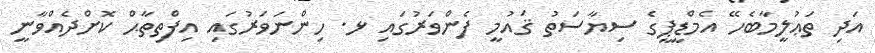
އަދި ތަޢުލީމާބެހޭ އެމްޑީޕީގެ ސިޔާސަތު ޤައުމީ ފެންވަރުގައި ޅ. ހިންނަވަރުގައި އިފްތިތާޙް ކޮށްދެއްވާނީ